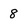
Character: 8